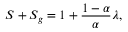
S + S _ { g } = 1 + \frac { 1 - \alpha } { \alpha } \lambda ,